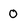
Character: 0